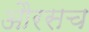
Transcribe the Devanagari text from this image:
औरसच